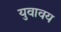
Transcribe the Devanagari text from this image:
युवावय